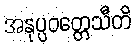
အနုပ္ပဝတ္တေသီတိ